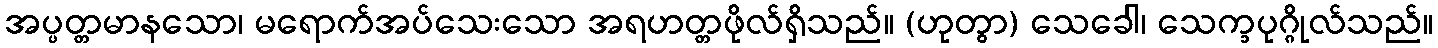
အပ္ပတ္တမာနသော၊ မရောက်အပ်သေးသော အရဟတ္တဖိုလ်ရှိသည်။ (ဟုတွာ) သေခေါ၊ သေက္ခပုဂ္ဂိုလ်သည်။